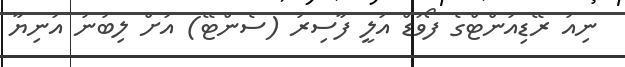
ނިއު ރޭޑިއަންޓްގެ ފޯވަޑް އަލީ ފާސިރު (ސެންޓޭ) އަށް ލިބުނު އަނިޔާ